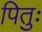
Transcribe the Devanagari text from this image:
पितुः